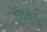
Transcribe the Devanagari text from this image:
हायकाय